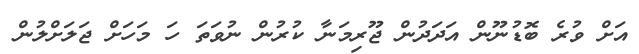
އަށް ވުރެ ބޮޑުނޫން އަދަދުން ޖޫރިމަނާ ކުރުން ނުވަތަ ހަ މަހަށް ޖަލަށްލުން